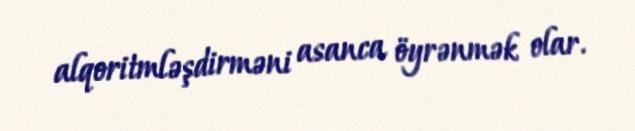
alqoritmləşdirməni asanca öyrənmək olar.